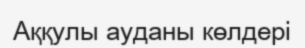
Аққулы ауданы көлдері